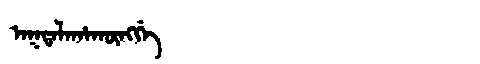
Manchu: ᠠᡴᡨᠠᠯᠠᡥᠠᡴᡡᠩᡤᡝ
Romanization: AKTALAHAKŪNGGE